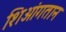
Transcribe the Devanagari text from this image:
शिआंगतान